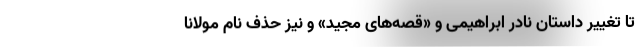
تا تغییر داستان نادر ابراهیمی و «قصه‌های مجید» و نیز حذف نام مولانا